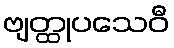
ဗျတ္ထုပသေဝီ